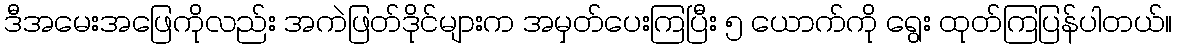
ဒီအမေးအဖြေကိုလည်း အကဲဖြတ်ဒိုင်များက အမှတ်ပေးကြပြီး ၅ ယောက်ကို ရွေး ထုတ်ကြပြန်ပါတယ်။